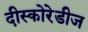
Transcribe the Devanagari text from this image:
दीस्कोरेडीज